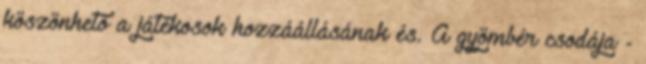
köszönhető a játékosok hozzáállásának és. A gyömbér csodája -